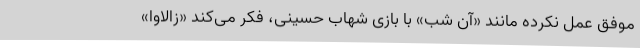
موفق عمل نکرده مانند «آن شب» با بازی شهاب حسینی، فکر می‌کند «زالاوا»